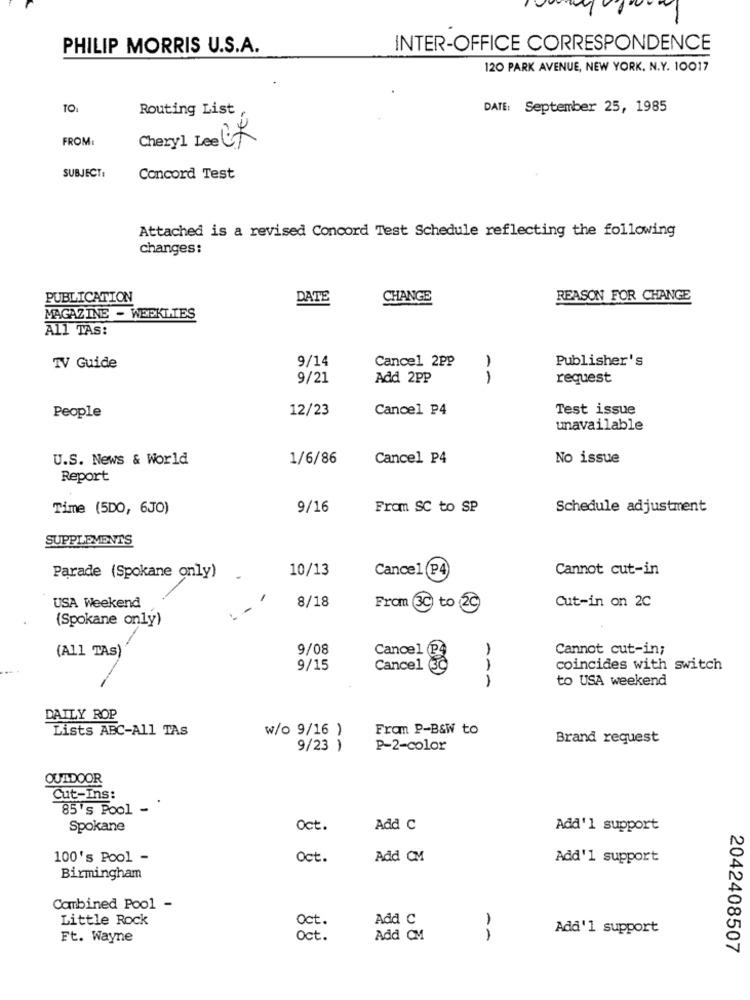
PHILIP MORRIS U.S.A.
INTER-OFFICE CORRESPONDENCE
120 PARK AVENUE, NEW YORK, N.Y. 10017
TO:
Routing List
DATE: September 25, 1985
FROM:
Cheryl Lee CK
SUBJECT:
Concord Test
Attached is a revised Concord Test Schedule reflecting the following
changes:
PUBLICATION
DATE
CHANGE
REASON FOR CHANGE
MAGAZINE - WEEKLIES
All TAS:
9/14
Cancel 2PP
Publisher's
TV Guide
1
9/21
Add 2PP
1
request
12/23
Cancel P4
Test issue
People
unavailable
U.S. News & World
1/6/86
Cancel P4
No issue
Report
Time (5DO, 6JO)
9/16
From SC to SP
Schedule adjustment
SUPPLEMENTS
10/13
Cannot cut-in
Parade (Spokane only)
Cancel (P4)
USA Weekend
8/18
From (3C) to (29
Cut-in on 2C
(Spokane only)
9/08
Cancel P
Cannot cut-in;
(All TAS)
9/15
Cancel
coincides with switch
1
to USA weekend
DAILY ROP
Lists ABC-All TAs
w/o 9/16 )
Fran P-B&W to
Brand request
9/23 )
P-2-color
OUTDOOR
Cut-Ins:
85's Pool -
Spokane
Oct.
Add C
Add'l support
100's Pool -
Oct.
Add CM
Add'1 support
Birmingham
Combined Pool -
Little Rock
Oct.
Add C
Add'1 support
Ft. Wayne
Oct.
Add CM
--
2042408507